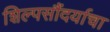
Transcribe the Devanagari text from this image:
शिल्पसौंदर्याचा